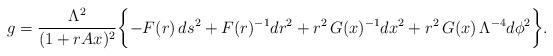
LaTeX: \begin{align*}g=\frac{\Lambda^2}{(1+rAx)^2}\biggl\{-F(r)\,ds^2+F(r)^{-1}dr^2+r^2\,G(x)^{-1}dx^2+r^2\,G(x)\,\Lambda^{-4}d\phi^2\biggr\}. \end{align*}